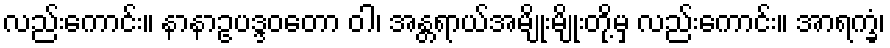
လည်းကောင်း။ နာနာဥပဒ္ဒဝတော ဝါ၊ အန္တရာယ်အမျိုးမျိုးတို့မှ လည်းကောင်း။ အာရက္ခံ၊